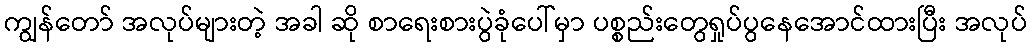
ကျွန်တော် အလုပ်များတဲ့ အခါ ဆို စာရေးစားပွဲခုံပေါ်မှာ ပစ္စည်းတွေရှုပ်ပွနေအောင်ထားပြီး အလုပ်